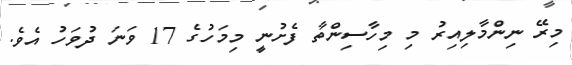
މިރޭ ނިންމާލިއިރު މި މިހާސިންތާ ފެށުނީ މިމަހުގެ 17 ވަނަ ދުވަހު އެވެ.